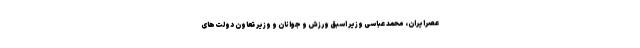
عصرایران، محمد عباسی وزیر اسبق ورزش و جوانان و وزیر تعاون دولت‌های